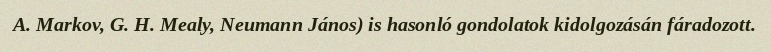
A. Markov, G. H. Mealy, Neumann János) is hasonló gondolatok kidolgozásán fáradozott.